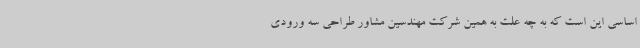
اساسی این است که به چه علت به همین شرکت مهندسین مشاور طراحی سه ورودی